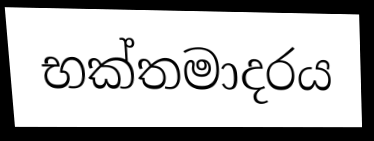
භක්තමාදරය